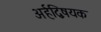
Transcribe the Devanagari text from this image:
अर्हद्विषयक